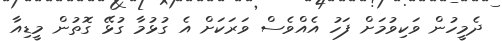
ދެމީހުން ވަކިވުމަށް ފަހު އެއްވެސް ވަރަކަށް އެ ގުޅުމާ ގުޅޭ ގޮތުން މީޑިއާ